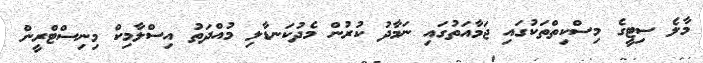
މާލެ ސިޓީގެ މިސްކިތްތަކުގައި ޖަމާއަތުގައި ނަމާދު ކުރުން މެދުކަނޑާލި މުއްދަތު އިސްލާމިކް މިނިސްޓްރީން